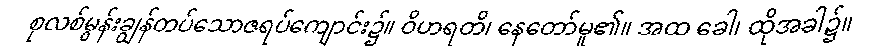
စုလစ်မွန်းချွန်တပ်သောဇရပ်ကျောင်း၌။ ဝိဟရတိ၊ နေတော်မူ၏။ အထ ခေါ၊ ထိုအခါ၌။